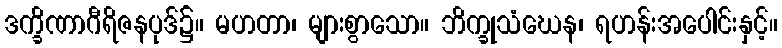
ဒက္ခိဏာဂီရိဇနပုဒ်၌။ မဟတာ၊ များစွာသော။ ဘိက္ခုသံဃေန၊ ရဟန်းအပေါင်းနှင့်။